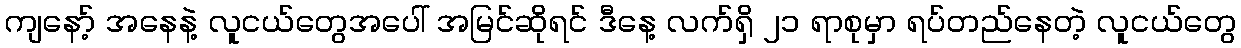
ကျနော့် အနေနဲ့ လူငယ်တွေအပေါ် အမြင်ဆိုရင် ဒီနေ့ လက်ရှိ ၂၁ ရာစုမှာ ရပ်တည်နေတဲ့ လူငယ်တွေ